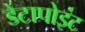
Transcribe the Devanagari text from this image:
डेटापोइंट